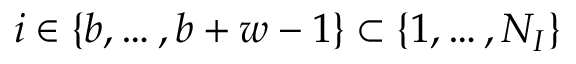
i \in \{ b , \ldots , b + w - 1 \} \subset \{ 1 , \ldots , N _ { I } \}